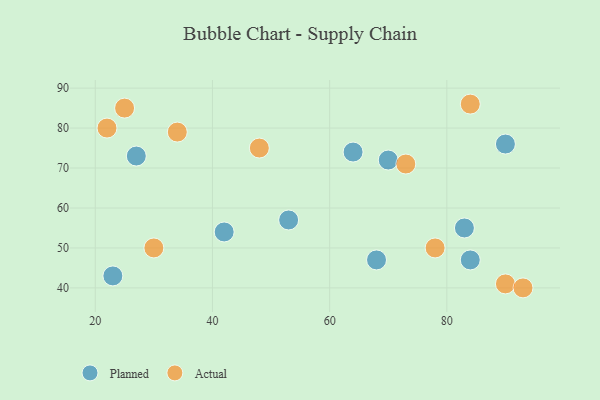
{"axis": {"x": "GDP", "y": "Life Expectancy"}, "legend": ["Actual", "Planned"], "data": [{"x": "64", "y": 74, "type": "Planned"}, {"x": "84", "y": 47, "type": "Planned"}, {"x": "70", "y": 72, "type": "Planned"}, {"x": "83", "y": 55, "type": "Planned"}, {"x": "90", "y": 76, "type": "Planned"}, {"x": "23", "y": 43, "type": "Planned"}, {"x": "27", "y": 73, "type": "Planned"}, {"x": "42", "y": 54, "type": "Planned"}, {"x": "68", "y": 47, "type": "Planned"}, {"x": "53", "y": 57, "type": "Planned"}, {"x": "84", "y": 86, "type": "Actual"}, {"x": "22", "y": 80, "type": "Actual"}, {"x": "30", "y": 50, "type": "Actual"}, {"x": "90", "y": 41, "type": "Actual"}, {"x": "93", "y": 40, "type": "Actual"}, {"x": "25", "y": 85, "type": "Actual"}, {"x": "34", "y": 79, "type": "Actual"}, {"x": "73", "y": 71, "type": "Actual"}, {"x": "48", "y": 75, "type": "Actual"}, {"x": "78", "y": 50, "type": "Actual"}]}